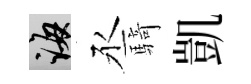
誨丞騎凱